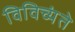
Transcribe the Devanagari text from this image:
विविच्यंते